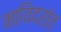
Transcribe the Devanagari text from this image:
मायिदरांत